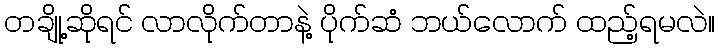
တချို့ဆိုရင် လာလိုက်တာနဲ့ ပိုက်ဆံ ဘယ်လောက် ထည့်ရမလဲ။